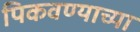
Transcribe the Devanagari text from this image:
पिकवण्याच्या